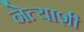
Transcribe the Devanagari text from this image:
नेत्याशी